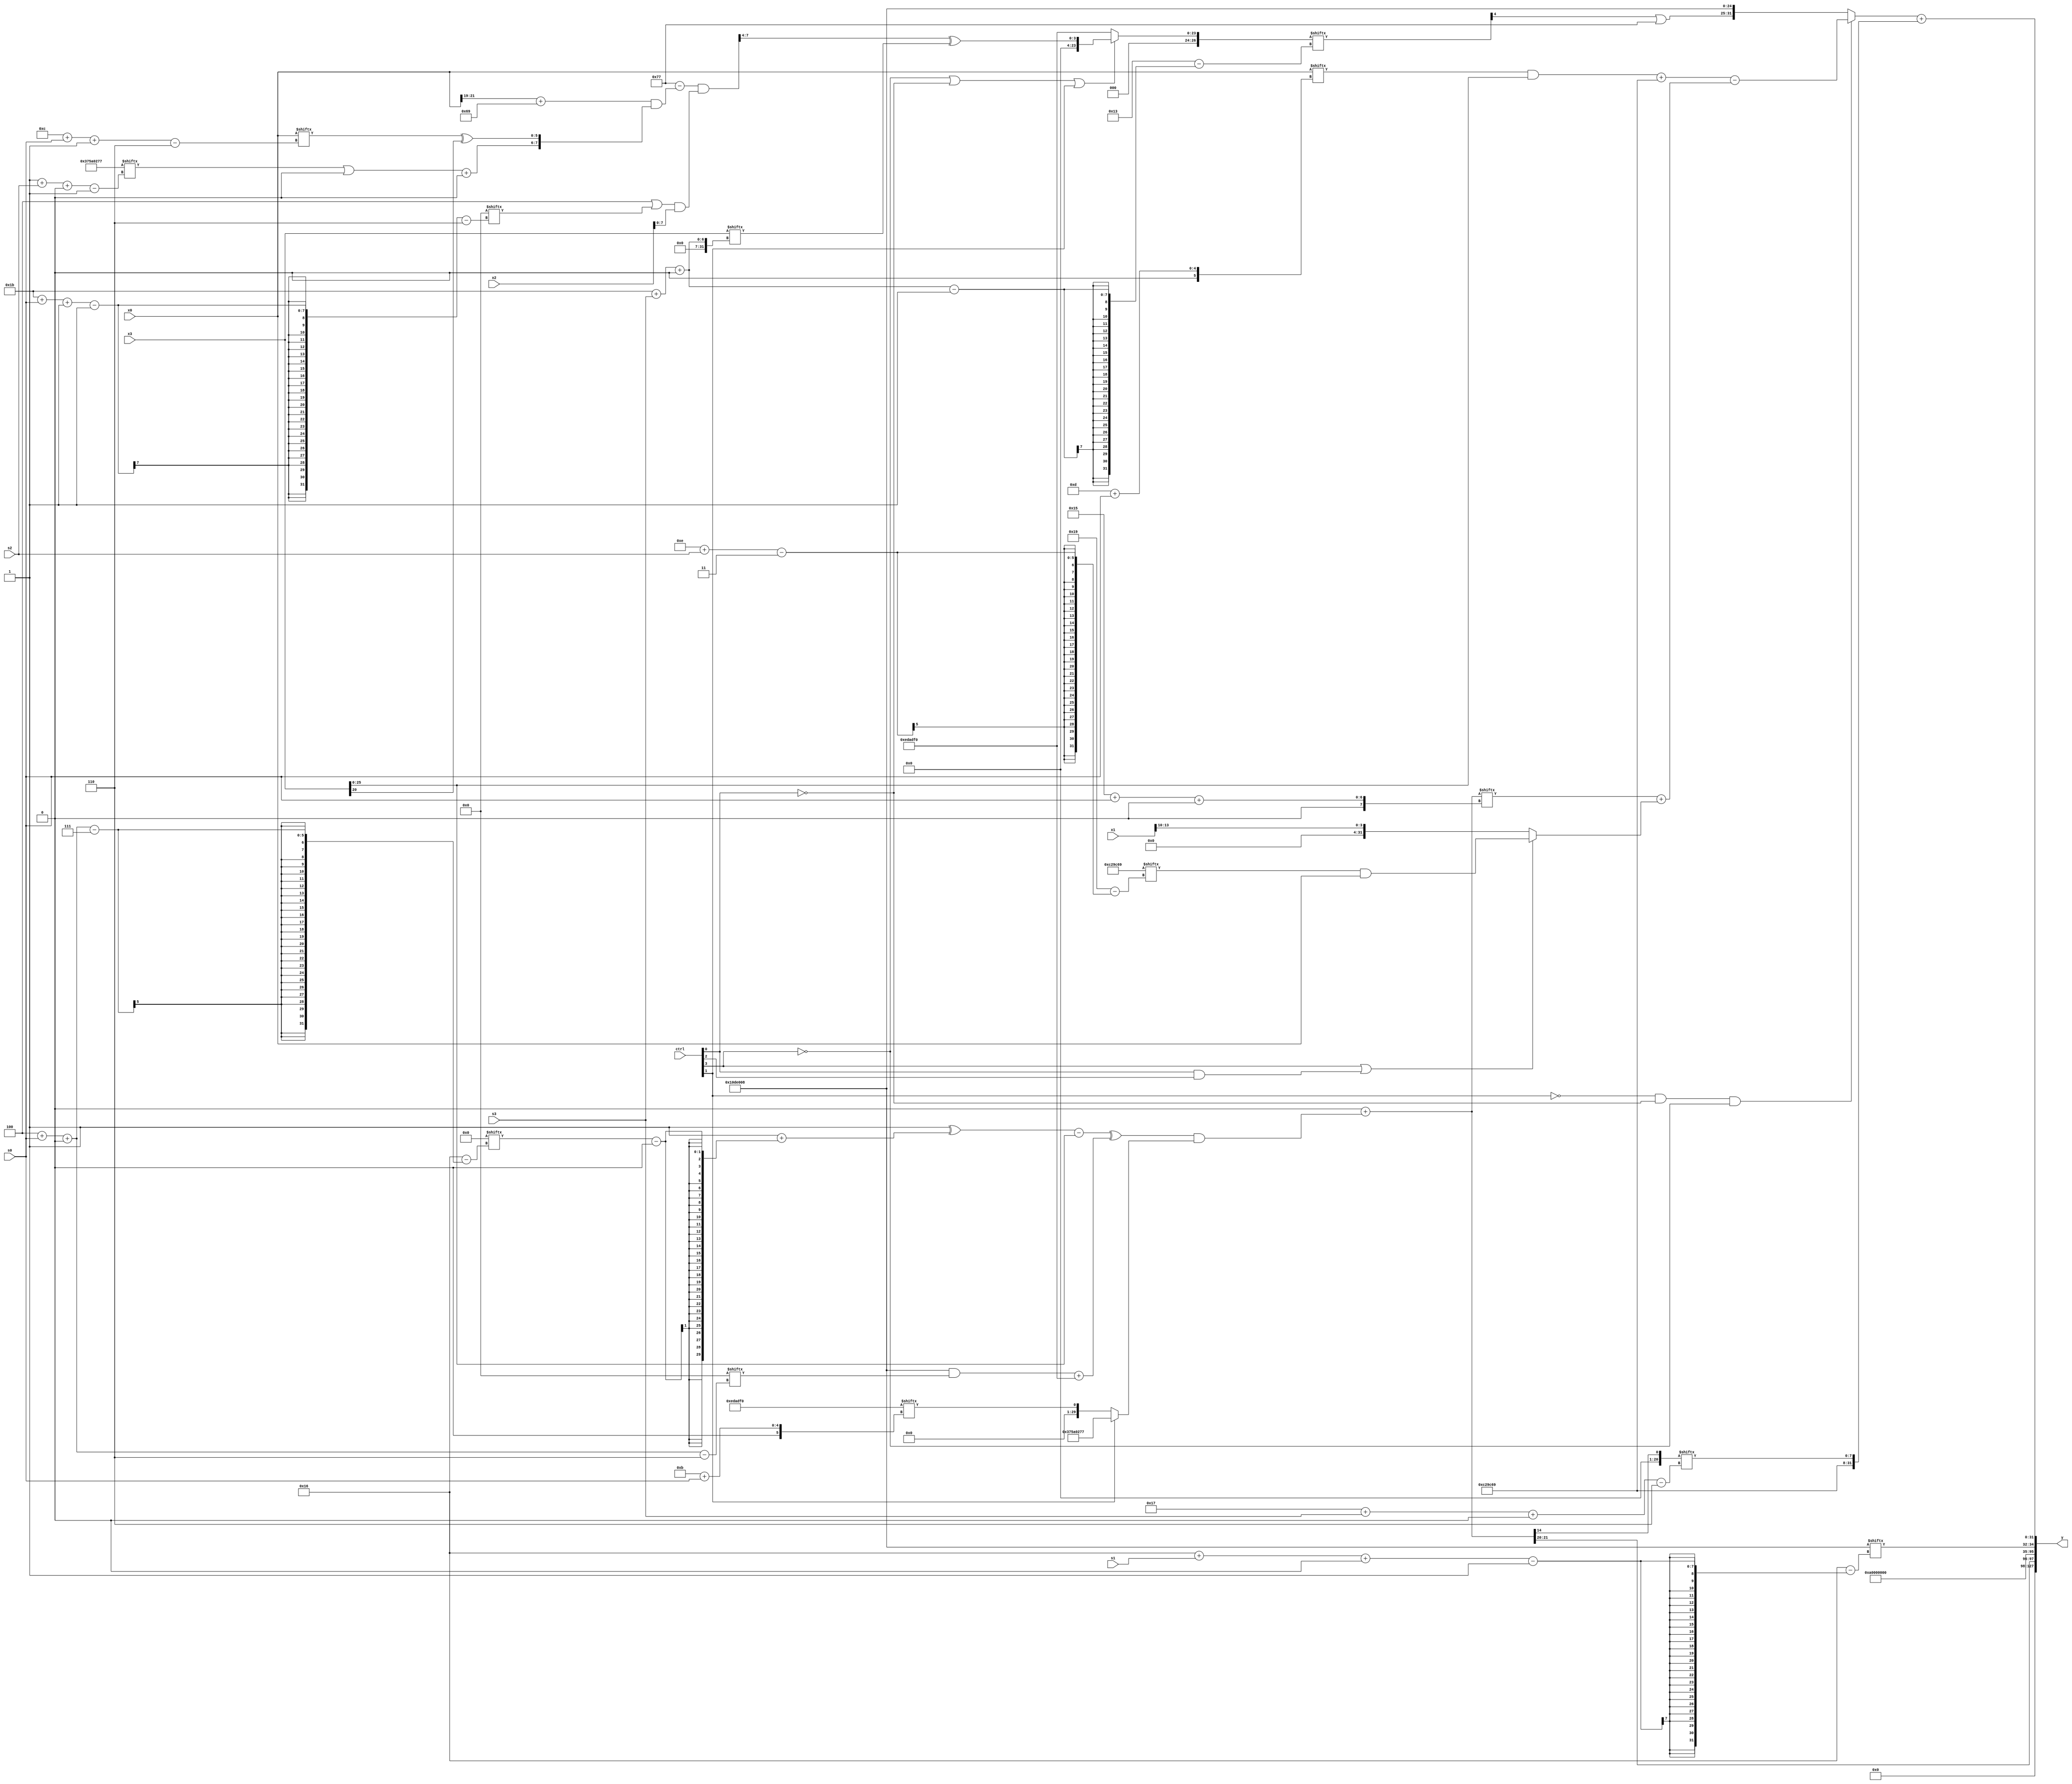
module partsel_00741(ctrl, s0, s1, s2, s3, x0, x1, x2, x3, y);
  input [3:0] ctrl;
  input [2:0] s0;
  input [2:0] s1;
  input [2:0] s2;
  input [2:0] s3;
  input signed [31:0] x0;
  input signed [31:0] x1;
  input [31:0] x2;
  input [31:0] x3;
  wire [29:6] x4;
  wire [1:24] x5;
  wire [7:29] x6;
  wire [1:30] x7;
  wire [3:27] x8;
  wire [1:27] x9;
  wire [26:1] x10;
  wire signed [6:24] x11;
  wire signed [6:31] x12;
  wire [29:0] x13;
  wire [2:27] x14;
  wire [26:6] x15;
  output [127:0] y;
  wire [31:0] y0;
  wire signed [31:0] y1;
  wire [31:0] y2;
  wire signed [31:0] y3;
  assign y = {y0,y1,y2,y3};
  localparam [31:1] p0 = 928645751;
  localparam [3:28] p1 = 885169257;
  localparam signed [25:0] p2 = 619556336;
  localparam [1:25] p3 = 151904264;
  assign x4 = p1[9 +: 1];
  assign x5 = ((p0 - ((x0[21 -: 3] + p1) & {((p0[1 + s2 +: 7] | x4) + p3[20]), (x0[12 + s0 -: 6] ^ x3[20 -: 1])})) & (((!ctrl[1] || ctrl[1] || ctrl[0] ? p1[13 +: 3] : {p0[19 + s0 +: 8], x2}) | x4[27 + s0 -: 1]) & x2));
  assign x6 = x4;
  assign x7 = x3[14];
  assign x8 = p2;
  assign x9 = (!ctrl[3] || !ctrl[0] || ctrl[1] ? (x5[20 -: 4] ^ x3[27 + s3 +: 3]) : x8);
  assign x10 = {(!ctrl[0] && ctrl[1] && ctrl[1] ? x4[14 + s3 +: 4] : {2{({p3, x2[11 + s0 +: 4]} ^ x3[11 + s3 -: 1])}}), x1[22]};
  assign x11 = p3[13];
  assign x12 = x3;
  assign x13 = (p3[21] + (ctrl[1] && ctrl[1] && !ctrl[1] ? p3[15 +: 3] : ((((p0[21] ^ (x8[17] + (x6[4 + s0 +: 1] - x10[15]))) - x12) ^ ((p3 & x4[4 + s0 +: 3]) + x8)) & (!ctrl[1] || ctrl[1] && !ctrl[1] ? p2[11 + s0] : (x4 ^ p0)))));
  assign x14 = x9[27 + s3 +: 8];
  assign x15 = x13[14];
  assign y0 = x13[21 -: 2];
  assign y1 = p2[8 +: 3];
  assign y2 = p3[22 + s1 +: 3];
  assign y3 = ((!ctrl[1] && !ctrl[0] && !ctrl[3] ? (((x0[13 + s0] & x12) + p1) - (x13[21 + s0 +: 8] + (ctrl[3] || ctrl[0] && ctrl[2] ? (p1[14 + s2] & x0) : x1[13 -: 4]))) : {(!ctrl[0] && ctrl[3] && !ctrl[2] ? x12[18] : {2{x11[6 + s2]}}), {{2{(x14[23] | p0)}}, p3}}) + {{2{p1}}, x15[23 + s3 +: 8]});
endmodule